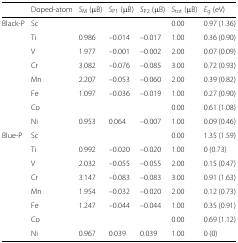
<table><thead><tr><td></td><td><b>Doped-atom</b></td><td><b><i>S</i><sub>M</sub> (<i>μ</i>B)</b></td><td><b><i>S</i><sub>P1</sub> (<i>μ</i>B)</b></td><td><b><i>S</i><sub>P2</sub> (<i>μ</i>B)</b></td><td><b><i>S</i><sub>tot</sub> (<i>μ</i>B)</b></td><td><b><i>E</i><sub>g</sub> (eV)</b></td></tr></thead><tbody><tr><td>Black-P</td><td>Sc</td><td></td><td></td><td></td><td>0.00</td><td>0.97 (1.36)</td></tr><tr><td></td><td>Ti</td><td>0.986</td><td>–0.014</td><td>–0.017</td><td>1.00</td><td>0.36 (0.90)</td></tr><tr><td></td><td>V</td><td>1.977</td><td>–0.001</td><td>–0.002</td><td>2.00</td><td>0.07 (0.09)</td></tr><tr><td></td><td>Cr</td><td>3.082</td><td>–0.076</td><td>–0.085</td><td>3.00</td><td>0.72 (0.93)</td></tr><tr><td></td><td>Mn</td><td>2.207</td><td>–0.053</td><td>–0.060</td><td>2.00</td><td>0.39 (0.82)</td></tr><tr><td></td><td>Fe</td><td>1.097</td><td>–0.036</td><td>–0.019</td><td>1.00</td><td>0.27 (0.90)</td></tr><tr><td></td><td>Co</td><td></td><td></td><td></td><td>0.00</td><td>0.61 (1.08)</td></tr><tr><td></td><td>Ni</td><td>0.953</td><td>0.064</td><td>–0.007</td><td>1.00</td><td>0.09 (0.46)</td></tr><tr><td>Blue-P</td><td>Sc</td><td></td><td></td><td></td><td>0.00</td><td>1.35 (1.59)</td></tr><tr><td></td><td>Ti</td><td>0.992</td><td>–0.020</td><td>–0.020</td><td>1.00</td><td>0 (0.73)</td></tr><tr><td></td><td>V</td><td>2.032</td><td>–0.055</td><td>–0.055</td><td>2.00</td><td>0.15 (0.47)</td></tr><tr><td></td><td>Cr</td><td>3.147</td><td>–0.083</td><td>–0.083</td><td>3.00</td><td>0.91 (1.63)</td></tr><tr><td></td><td>Mn</td><td>1.954</td><td>–0.032</td><td>–0.020</td><td>2.00</td><td>0.12 (0.73)</td></tr><tr><td></td><td>Fe</td><td>1.247</td><td>–0.044</td><td>–0.044</td><td>1.00</td><td>0.35 (0.91)</td></tr><tr><td></td><td>Co</td><td></td><td></td><td></td><td>0.00</td><td>0.69 (1.12)</td></tr><tr><td></td><td>Ni</td><td>0.967</td><td>0.039</td><td>0.039</td><td>1.00</td><td>0 (0)</td></tr></tbody></table>